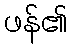
ဖန်၏